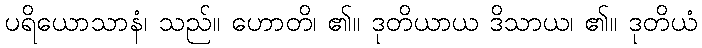
ပရိယောသာနံ၊ သည်။ ဟောတိ၊ ၏။ ဒုတိယာယ ဒိသာယ၊ ၏။ ဒုတိယံ